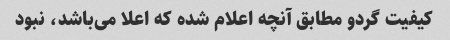
کیفیت گردو مطابق آنچه اعلام شده که اعلا می‌باشد، نبود